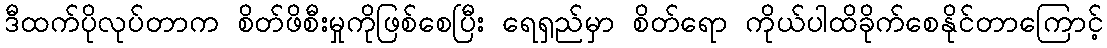
ဒီထက်ပိုလုပ်တာက စိတ်ဖိစီးမှုကိုဖြစ်စေပြီး ရေရှည်မှာ စိတ်ရော ကိုယ်ပါထိခိုက်စေနိုင်တာကြောင့်